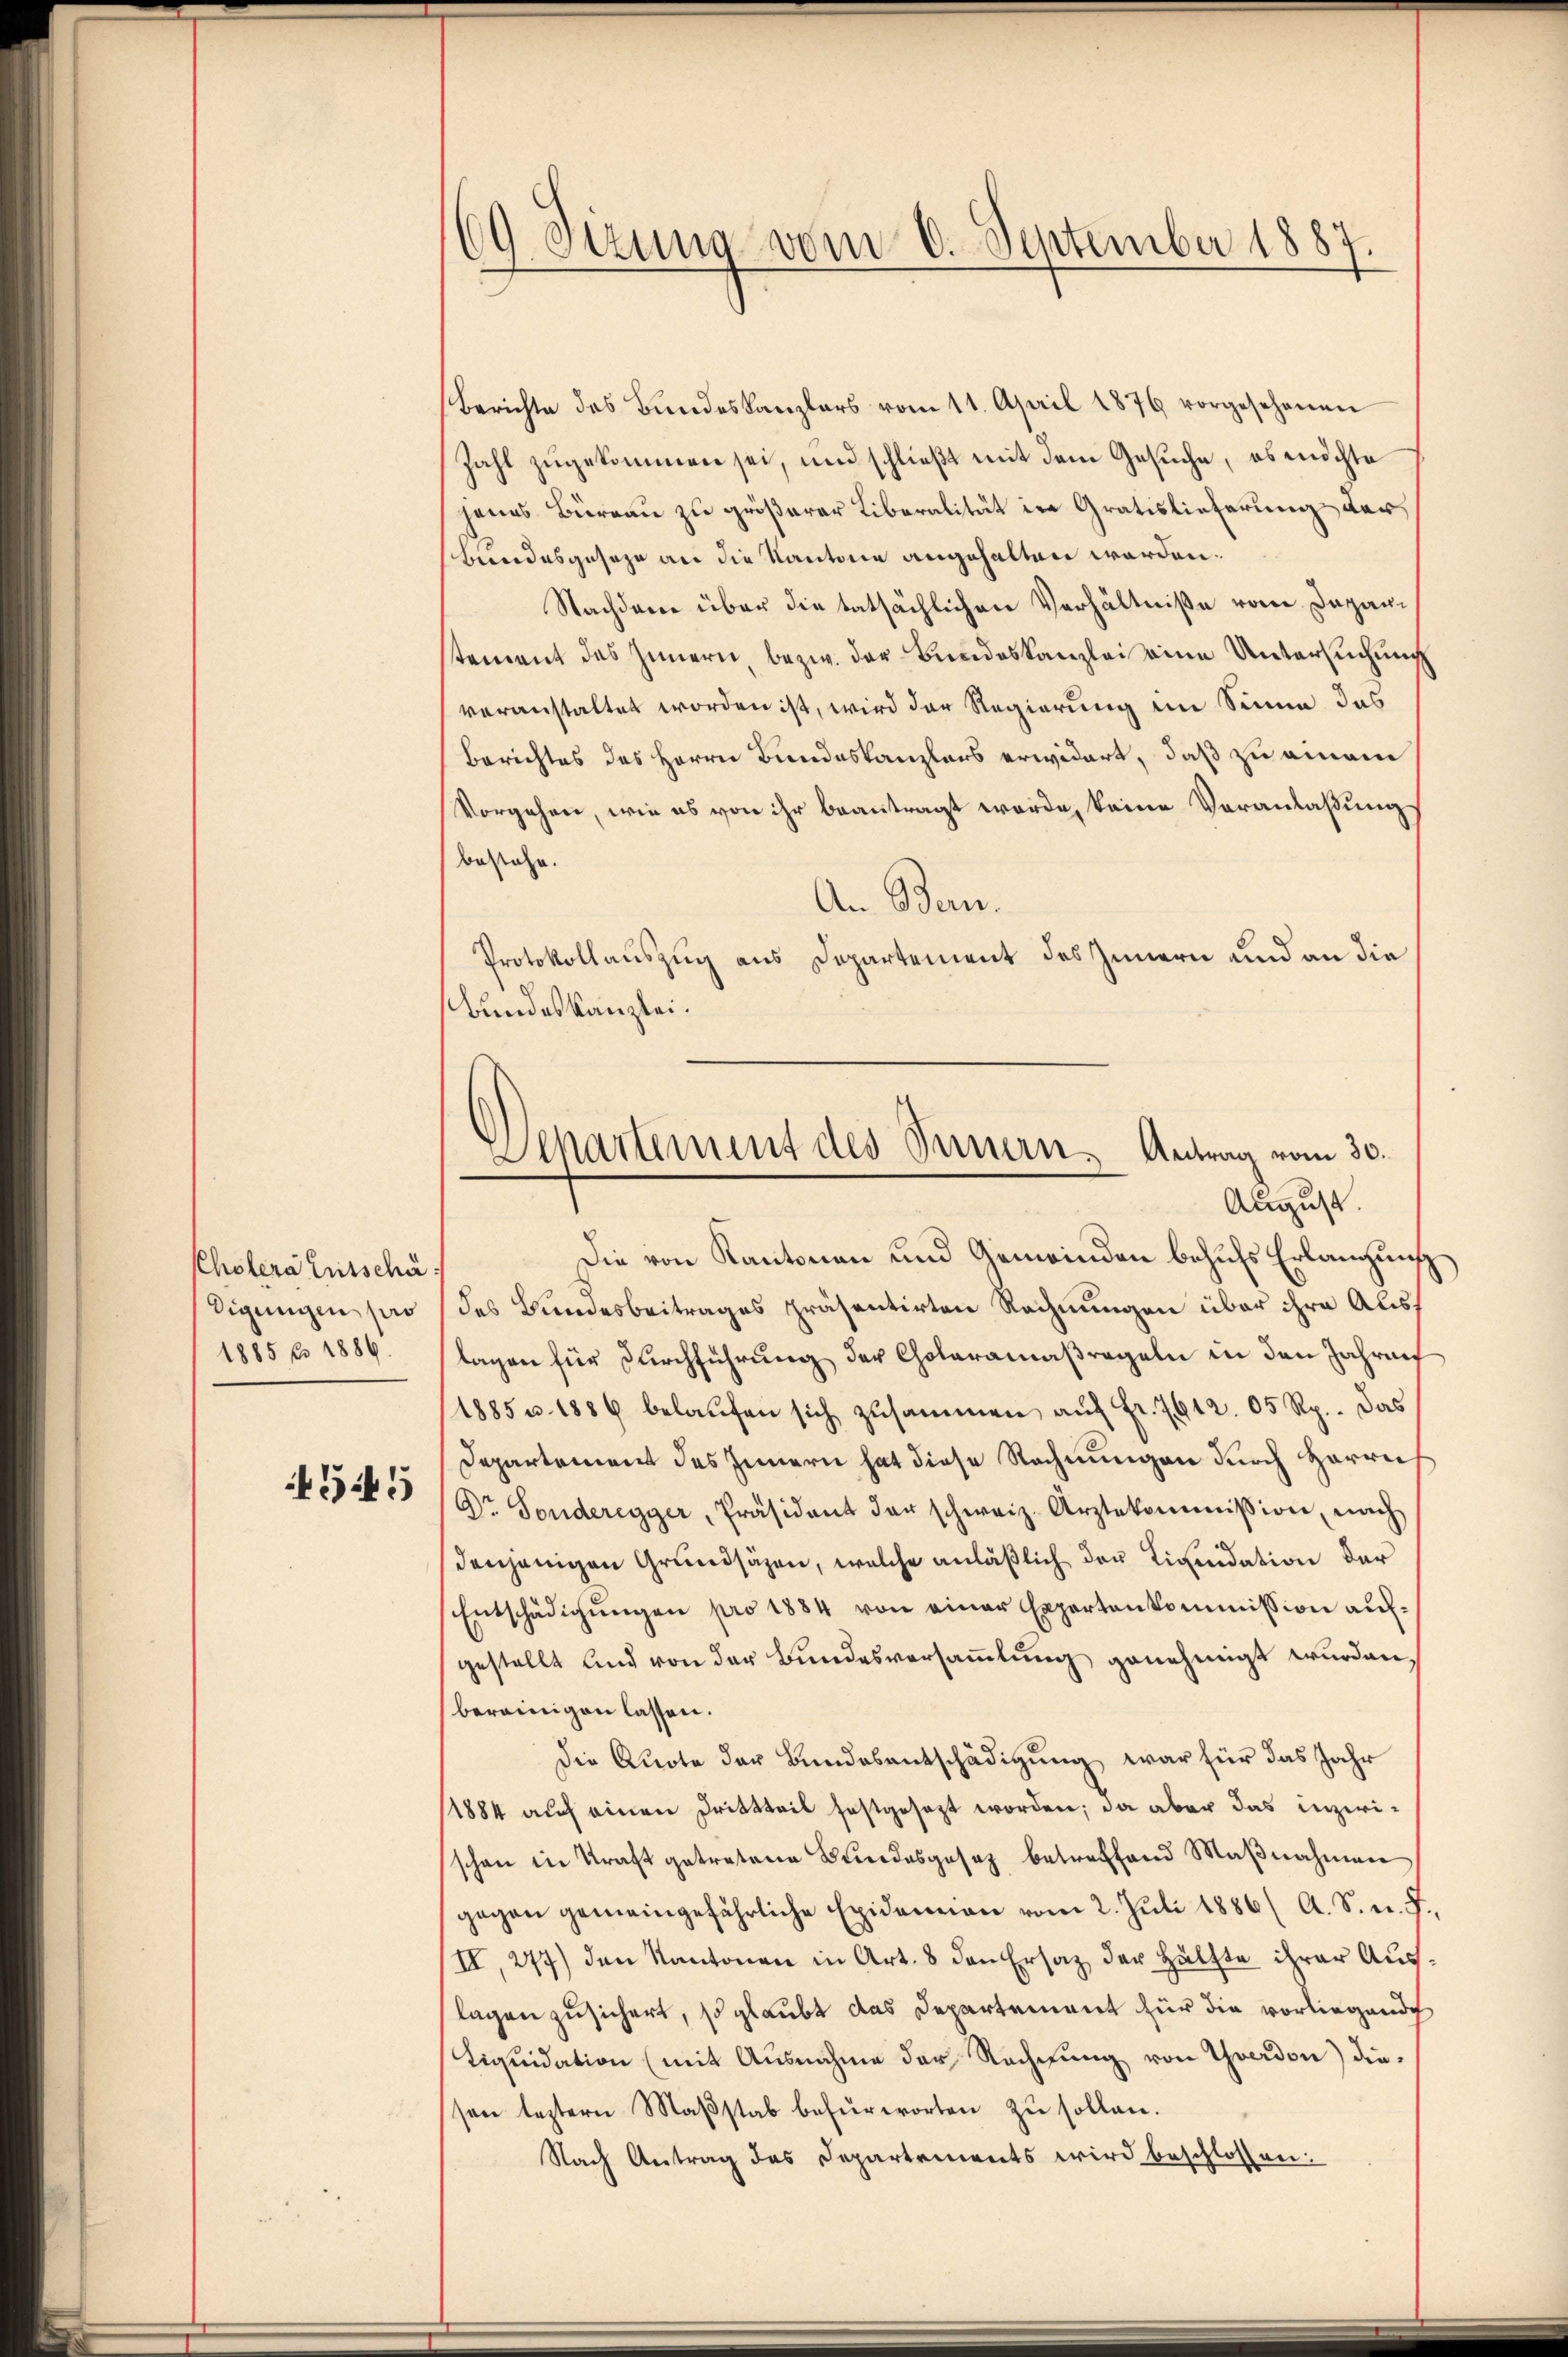
Cholera Entschä
digungen pro
1885 pr 1886.

4545

69 Sizung vom 6. September 1887.

Berichte des Bŭndeskanzlers vom 11. April 1876 vorgesehenen
Zahl zugekommen sei, und schließt mit dem Gesuche, es möchte
jenes Büreau zu größerer Liberalität in Gratislieferung der
Bundesgeseze an die Kantone angehalten werden.
Nachdem über die tatsächlichen Verhältniße vom Departement des Innern, bezw. der Bundeskanzlei eine Untersuchung
veranstaltet worden ist, wird der Regierung im Sinne das
Berichtes des Herrn Bundeskanzlers erwidert, daß zu einem
Vorgehen, wie es von ihr beantragt werde, keine Voranlaßungs
bestehe.
An Bern.
Protokollauszug aus Departement des Innern und an die
Bundeskanzlei.
Die von Kantonen und Gemeinden behufs Erlangung
des Bundesbeitrages präsentirten Rechnungen über ihre Auslagen für Durchführung der Choleramaßregeln in den Jahrenf
1885 u. 1886 belaŭfen sich zusammen aŭf Fr. 7612. 05 Rp. Das
Departement des Innern hat diese Rechnungen durch Herrn
Dr. Sonderegger, Präsident der schweiz. Arztekommission, nach
denjenigen Grundsäzen, welche anläßlich der Liquidation der
Entschädigŭngen pro 1884 von einer Expertenkommission aufgestellt und von der Bundesversammlung genehmigt wurden,
bereinigen lassen.
Die Quote der Bundesentschädigung war für das Jahr
1884 auf einen Drittteil festgesezt worden; da aber das inzwischon in Kraft getretene Bŭndesgesetz betreffend Maβnahmen
gegen gemeingefährliche Exideman vom 2. Juli 1886 ( A. S. n. F.,
II, 277) den Kantonen in Art. 8 den Ersatz der Hälfte ihrer Auslagen zusichert, so glaubt das Departement für die vorliegende
Liqŭidation (mit Ausnahme der Rechnŭng von Yverdon) diesen leztern Maßstab befürworten zu sollen.
Nach Antrag des Departements wird beschlossen:

Departement des Innern, Antrag vom 30.
August.